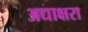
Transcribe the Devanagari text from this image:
अद्याक्षरा